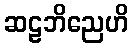
ဆဠဘိညေဟိ